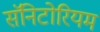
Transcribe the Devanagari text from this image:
सॅनिटोरियम